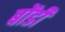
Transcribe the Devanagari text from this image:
बोंडी